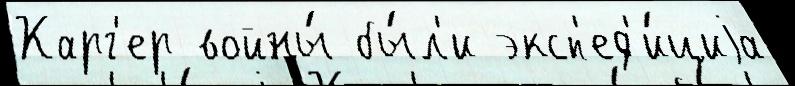
Карг'ер войны́ бы́л'и эксп'ед'и́циjа